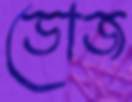
ডোজ